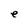
Character: e